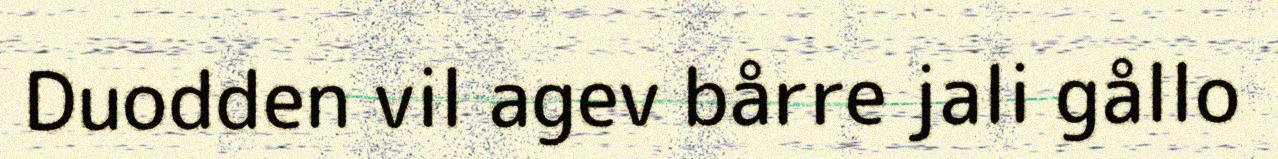
Duodden vil agev bårre jali gållo